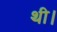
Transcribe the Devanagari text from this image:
थी।